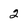
Character: 2